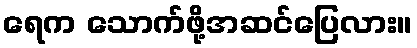
ရေက သောက်ဖို့အဆင်ပြေလား။